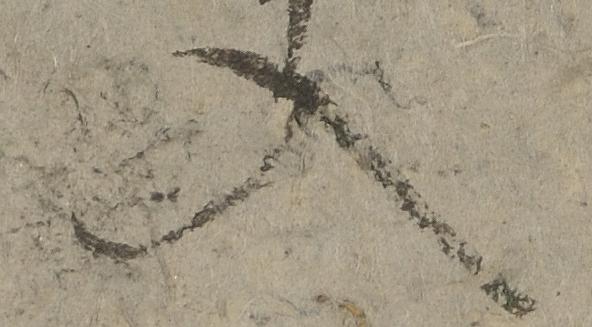
入